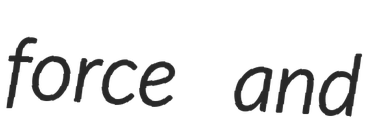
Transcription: force and